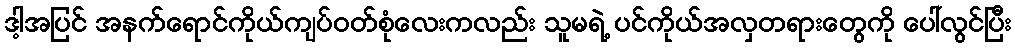
ဒါ့အပြင် အနက်ရောင်ကိုယ်ကျပ်ဝတ်စုံလေးကလည်း သူမရဲ့ ပင်ကိုယ်အလှတရားတွေကို ပေါ်လွင်ပြီး